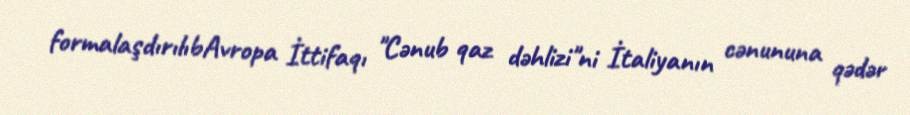
formalaşdırılıbAvropa İttifaqı "Cənub qaz dəhlizi"ni İtaliyanın cənununa qədər